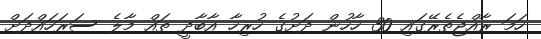
ހަމަ ރާއްޖެތެރޭގައި 30 ހާހުން ދަށުގެ ހުރިހާ އާބާދީ ތައް މާލެ ސަރަހައްދަށް